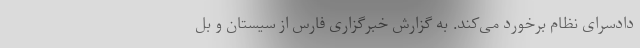
دادسرای نظام برخورد می‌کند. به گزارش خبرگزاری فارس از سیستان و بل